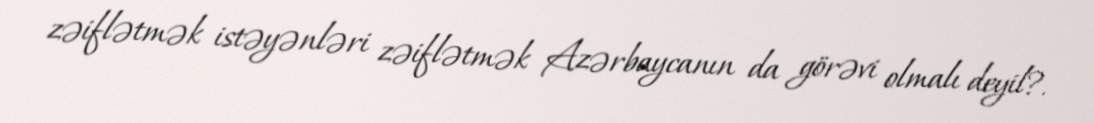
zəiflətmək istəyənləri zəiflətmək Azərbaycanın da görəvi olmalı deyil?.